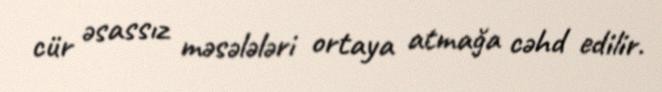
cür əsassız məsələləri ortaya atmağa cəhd edilir.